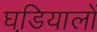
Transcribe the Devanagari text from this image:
घडि़यालों